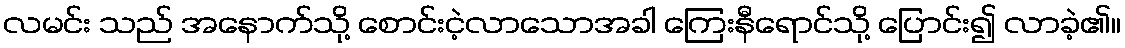
လမင်း သည် အနောက်သို့ စောင်းငဲ့လာသောအခါ ကြေးနီရောင်သို့ ပြောင်း၍ လာခဲ့၏။